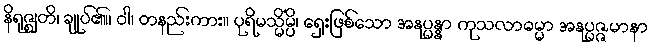
နိရုဇ္ဈတိ၊ ချုပ်၏။ ဝါ၊ တနည်းကား။ ပုရိမသ္မိံမ္ပိ၊ ရှေးဖြစ်သော အနုပ္ပန္နာ ကုသလာဓမ္မာ အနုပ္ပဇ္ဇမာနာ